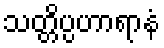
သတ္တိပ္ပဟာရာနံ